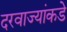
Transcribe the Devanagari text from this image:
दरवाज्यांकडे